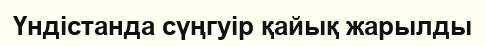
Үндістанда сүңгуір қайық жарылды